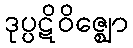
ဒုပ္ပဋိဝိဇ္ဈော